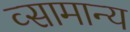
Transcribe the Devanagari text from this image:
व्सामान्य